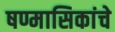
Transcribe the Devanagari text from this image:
षण्मासिकांचे